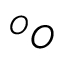
^ O O